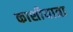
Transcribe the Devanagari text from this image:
काशीयात्रा